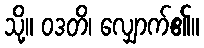
သို့။ ဝဒတိ၊ လျှောက်၏။